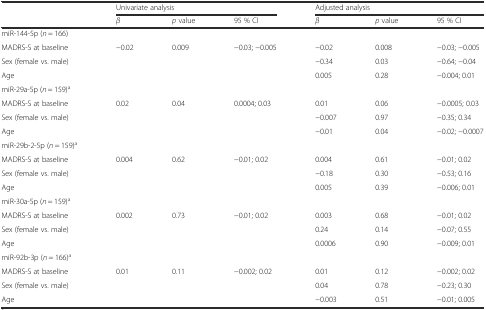
<table><thead><tr><td></td><td colspan="3"><b>Univariate analysis</b></td><td colspan="3"><b>Adjusted analysis</b></td></tr><tr><td></td><td><b><i>β</i></b></td><td><b><i>p</i> value</b></td><td><b>95 % CI</b></td><td><b><i>β</i></b></td><td><b><i>p</i> value</b></td><td><b>95 % CI</b></td></tr></thead><tbody><tr><td>miR-144-5p (<i>n</i> = 166)</td><td></td><td></td><td></td><td></td><td></td><td></td></tr><tr><td>MADRS-S at baseline</td><td>−0.02</td><td>0.009</td><td>−0.03; −0.005</td><td>−0.02</td><td>0.008</td><td>−0.03; −0.005</td></tr><tr><td>Sex (female vs. male)</td><td></td><td></td><td></td><td>−0.34</td><td>0.03</td><td>−0.64; −0.04</td></tr><tr><td>Age</td><td></td><td></td><td></td><td>0.005</td><td>0.28</td><td>−0.004; 0.01</td></tr><tr><td>miR-29a-5p (<i>n</i> = 159)<sup>a</sup></td><td></td><td></td><td></td><td></td><td></td><td></td></tr><tr><td>MADRS-S at baseline</td><td>0.02</td><td>0.04</td><td>0.0004; 0.03</td><td>0.01</td><td>0.06</td><td>−0.0005; 0.03</td></tr><tr><td>Sex (female vs. male)</td><td></td><td></td><td></td><td>−0.007</td><td>0.97</td><td>−0.35; 0.34</td></tr><tr><td>Age</td><td></td><td></td><td></td><td>−0.01</td><td>0.04</td><td>−0.02; −0.0007</td></tr><tr><td>miR-29b-2-5p (<i>n</i> = 159)<sup>a</sup></td><td></td><td></td><td></td><td></td><td></td><td></td></tr><tr><td>MADRS-S at baseline</td><td>0.004</td><td>0.62</td><td>−0.01; 0.02</td><td>0.004</td><td>0.61</td><td>−0.01; 0.02</td></tr><tr><td>Sex (female vs. male)</td><td></td><td></td><td></td><td>−0.18</td><td>0.30</td><td>−0.53; 0.16</td></tr><tr><td>Age</td><td></td><td></td><td></td><td>0.005</td><td>0.39</td><td>−0.006; 0.01</td></tr><tr><td>miR-30a-5p (<i>n</i> = 159)<sup>a</sup></td><td></td><td></td><td></td><td></td><td></td><td></td></tr><tr><td>MADRS-S at baseline</td><td>0.002</td><td>0.73</td><td>−0.01; 0.02</td><td>0.003</td><td>0.68</td><td>−0.01; 0.02</td></tr><tr><td>Sex (female vs. male)</td><td></td><td></td><td></td><td>0.24</td><td>0.14</td><td>−0.07; 0.55</td></tr><tr><td>Age</td><td></td><td></td><td></td><td>0.0006</td><td>0.90</td><td>−0.009; 0.01</td></tr><tr><td>miR-92b-3p (<i>n</i> = 166)<sup>a</sup></td><td></td><td></td><td></td><td></td><td></td><td></td></tr><tr><td>MADRS-S at baseline</td><td>0.01</td><td>0.11</td><td>−0.002; 0.02</td><td>0.01</td><td>0.12</td><td>−0.002; 0.02</td></tr><tr><td>Sex (female vs. male)</td><td></td><td></td><td></td><td>0.04</td><td>0.78</td><td>−0.23; 0.30</td></tr><tr><td>Age</td><td></td><td></td><td></td><td>−0.003</td><td>0.51</td><td>−0.01; 0.005</td></tr></tbody></table>